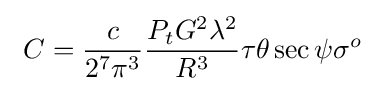
\ C={\frac {c}{2^{7}\pi ^{3}}}{\frac {P_{t}G^{2}\lambda ^{2}}{R^{3}}}\tau \theta \sec \psi \sigma ^{o}